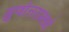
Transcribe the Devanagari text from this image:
गुणोत्तरामध्ये